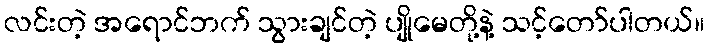
လင်းတဲ့ အရောင်ဘက် သွားချင်တဲ့ ပျိုမေတို့နဲ့ သင့်တော်ပါတယ်။